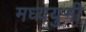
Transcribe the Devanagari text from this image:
मध्ययुगी